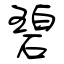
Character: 碧